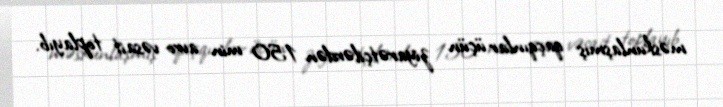
məskunlaşmış qaçqınlar üçün ziyarətçilərdən 150 min avro vəsait toplayıb.